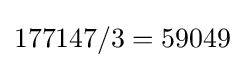
177147/3=59049